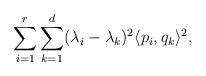
LaTeX: \begin{align*}\sum_{i=1}^r \sum_{k=1}^d (\lambda_i-\lambda_k)^2 \langle p_i, q_k\rangle^2, \end{align*}